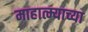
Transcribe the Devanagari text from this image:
माहात्म्याच्या